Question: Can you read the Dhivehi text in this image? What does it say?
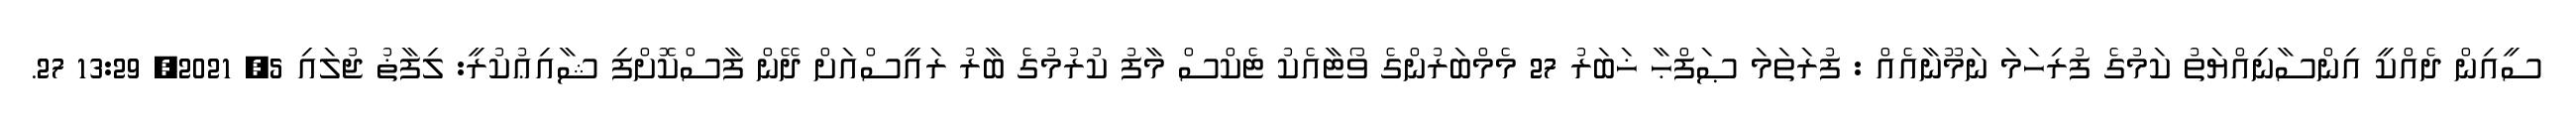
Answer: ސީއިން ދެއްކީ އިންސާނިއްޔަތު ކަމުގެ ފުރިހަމަ ނަމޫނާއެއް : ފުރަތަމަ ޞަފްޙާ ޚަބަރު 27 މެމްބަރުންގެ ވޯޓާއެކު ޓެކްސް މާފު ކުރުމުގެ ބާރު ރައީސްއަށް ދޭން ފާސްކޮށްފި ޝާއިޢުކުރީ: ލިފާޡު ޖުލައި 5, 2021, 13:29 27.